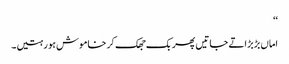
‘‘
اماں بڑبڑاتے جاتیں پھر بک جھک کر خاموش ہو رہتیں۔